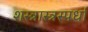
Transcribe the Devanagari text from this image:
शस्त्रास्त्रस्पर्धा